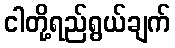
ငါတို့ရည်ရွယ်ချက်